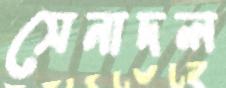
সেনাদল